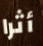
أثرا